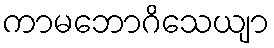
ကာမဘောဂိသေယျာ